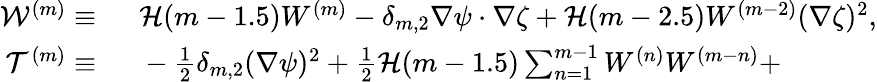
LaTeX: \begin{array}{rl}{\mathcal{W}^{(m)}\equiv~}&{{}\mathcal{H}(m-1.5)W^{(m)}-\delta_{m,2}\nabla\psi\cdot\nabla\zeta+\mathcal{H}(m-2.5)W^{(m-2)}(\nabla\zeta)^{2},}\\ {\mathcal{T}^{(m)}\equiv~}&{{}-\frac{1}{2}\delta_{m,2}(\nabla\psi)^{2}+\frac{1}{2}\mathcal{H}(m-1.5)\sum_{n=1}^{m-1}W^{(n)}W^{(m-n)}+}\end{array}